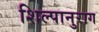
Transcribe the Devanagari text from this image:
शिल्पानुराग